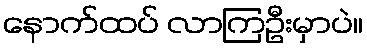
နောက်ထပ် လာကြဦးမှာပဲ။